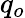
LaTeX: q_{o}